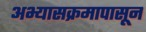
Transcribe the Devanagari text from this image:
अभ्यासक्रमापासून